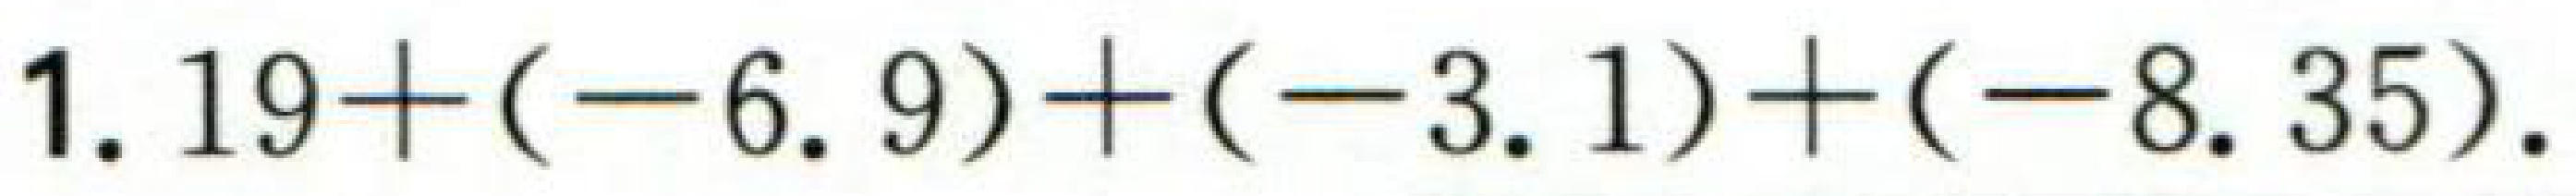
$1.19+(-6.9)+(-3.1)+(-8.35)$